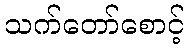
သက်တော်စောင့်